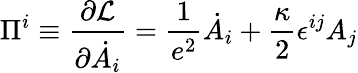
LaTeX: \Pi^{i}\equiv{\frac{\partial{\cal L}}{\partial\dot{A_{i}}}}=\frac{1}{e^{2}}\dot{A}_{i}+\frac{\kappa}{2}\epsilon^{ij}A_{j}